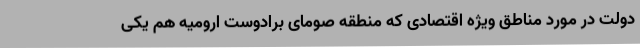
دولت در مورد مناطق ویژه اقتصادی که منطقه صومای برادوست ارومیه هم یکی